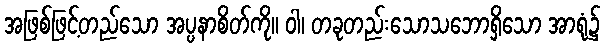
အဖြစ်ဖြင့်တည်သော အပ္ပနာစိတ်ကို။ ဝါ၊ တခုတည်းသောသဘောရှိသော အာရုံ၌